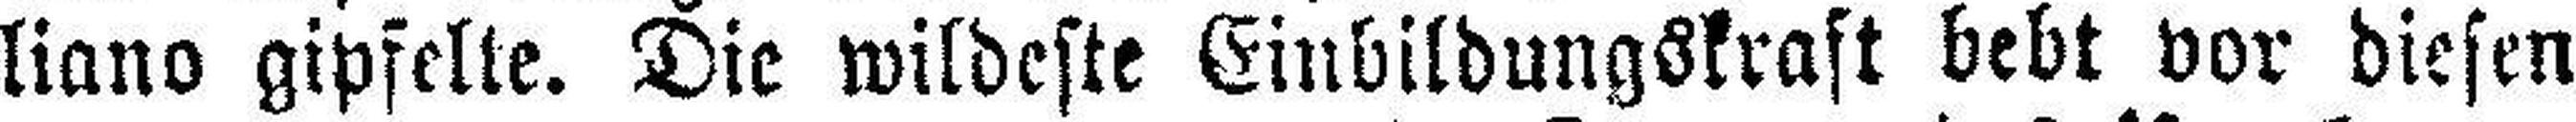
liano gipfelte. Die wildeste Einbildungskraft bebt vor diesen